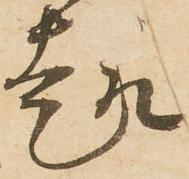
趣